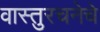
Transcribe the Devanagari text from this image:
वास्तुरचनेचे